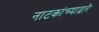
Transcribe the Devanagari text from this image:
नाटकांच्याद्वारे